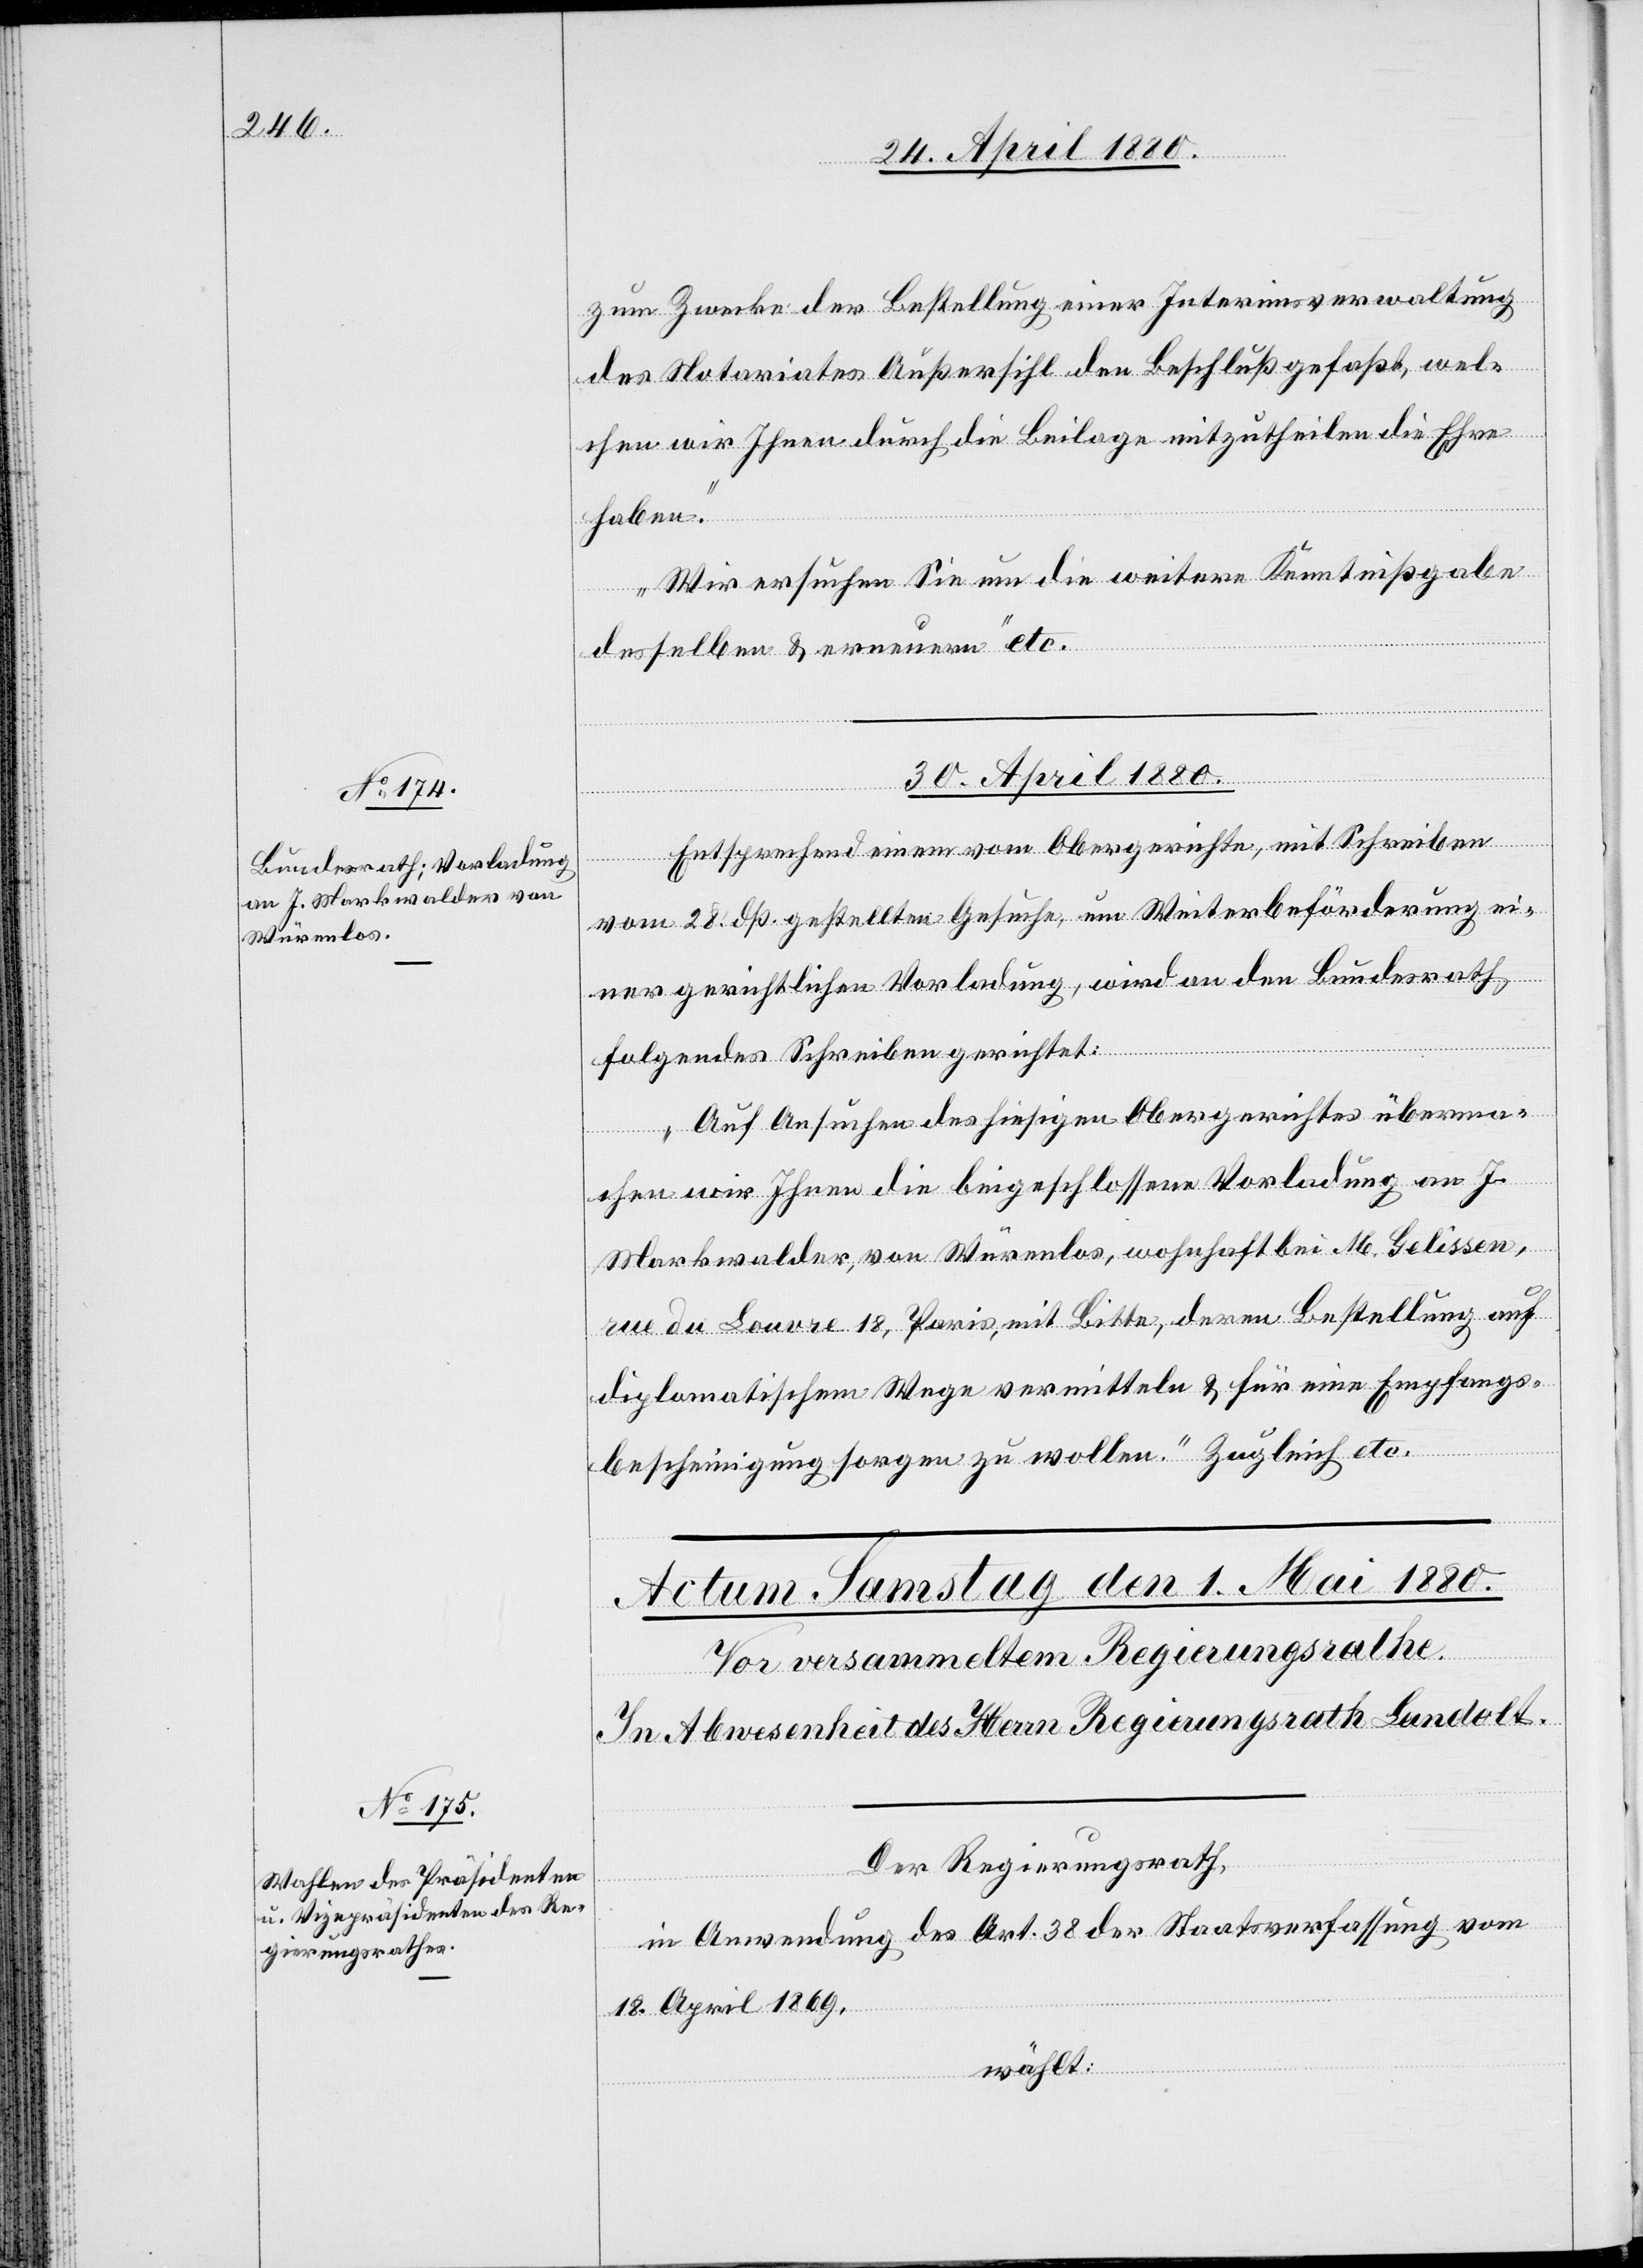
zum Zwecke der Bestellung einer Interimsverwaltung
des Notariates Außersihl den Beschluß gefaßt, wel¬
chen wir Ihnen durch die Beilage mitzutheilen die Ehre
haben.
Wir ersuchen Sie um die weitere Kenntnißgabe
desselben & erneuern“ etc.
30. April 1880.
Entsprechend einem vom Obergerichte, mit Schreiben
vom 28. dß. gestellten Gesuche, um Weiterbeförderung ei¬
ner gerichtlichen Vorladung, wird an den Bundesrath
folgendes Schreiben gerichtet:
„Auf Ansuchen des hiesigen Obergerichtes überma¬
chen wir Ihnen die beigeschlossene Vorladung an J.
Markwalder, von Würenlos, wohnhaft bei M. Gelissen,
rue du Louvre 18, Paris, mit Bitte, deren Bestellung auf
diplomatischem Wege vermitteln & für eine Empfangs¬
bescheinigung sorgen zu wollen.“ Zugleich etc.
Der Regierungsrath,
in Anwendung des Art. 38 der Staatsverfassung vom
18. April 1869,
wählt: